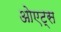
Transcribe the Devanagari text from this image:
ओएट्स